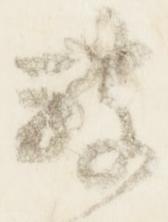
被